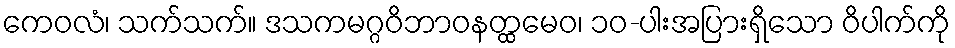
ကေဝလံ၊ သက်သက်။ ဒသကမဂ္ဂဝိဘာဝနတ္ထမေဝ၊ ၁၀-ပါးအပြားရှိသော ဝိပါက်ကို